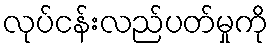
လုပ်ငန်းလည်ပတ်မှုကို